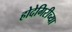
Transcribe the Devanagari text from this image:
होदेगिरीच्या